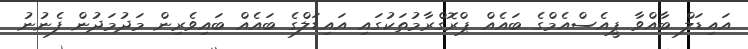
އައިޑަލް ބާއްވާ ޕީއެސްއެމްގެ ބައެއް ޕްރޮގްރާމުތަކުގައި އައިޑަލްގެ ބައެއް ބައިވެރިން މަދުމަދުން ފެނުނު